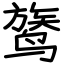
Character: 𬸦